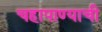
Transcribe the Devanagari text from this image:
चहापाण्याची